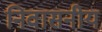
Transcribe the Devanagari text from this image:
निवासनीय